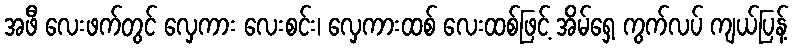
အဖီ လေးဖက်တွင် လှေကား လေးစင်း၊ လှေကားထစ် လေးထစ်ဖြင့် အိမ်ရှေ့ ကွက်လပ် ကျယ်ပြန့်